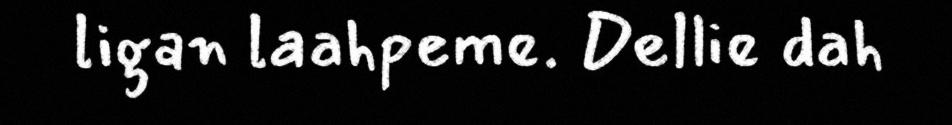
ligan laahpeme. Dellie dah